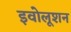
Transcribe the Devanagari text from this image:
इवोलूशन